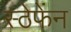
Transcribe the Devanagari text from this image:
स्ठेफेंन